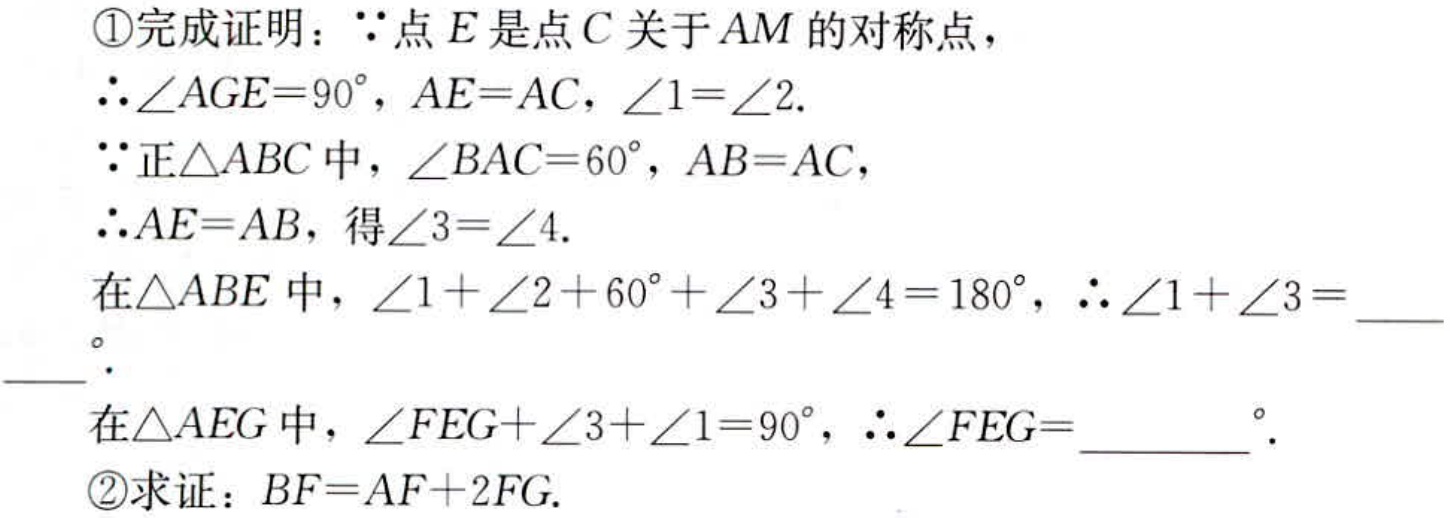
\textcircled{1}完成证明：$\because$点$E$是点$C$关于$AM$的对称点，

$\therefore\angle AGE = 90^{\circ}$，$AE = AC$，$\angle1=\angle2$.

$\because$正$\triangle ABC$中，$\angle BAC = 60^{\circ}$，$AB = AC$，

$\therefore AE = AB$，得$\angle3=\angle4$.

在$\triangle ABE$中，$\angle1+\angle2 + 60^{\circ}+\angle3+\angle4 = 180^{\circ}$，$\therefore\angle1+\angle3 = \_\_\_\_\_$.

在$\triangle AEG$中，$\angle FEG+\angle3+\angle1 = 90^{\circ}$，$\therefore\angle FEG = \_\_\_\_\_^{\circ}$.

\textcircled{2}求证：$BF = AF + 2FG$.